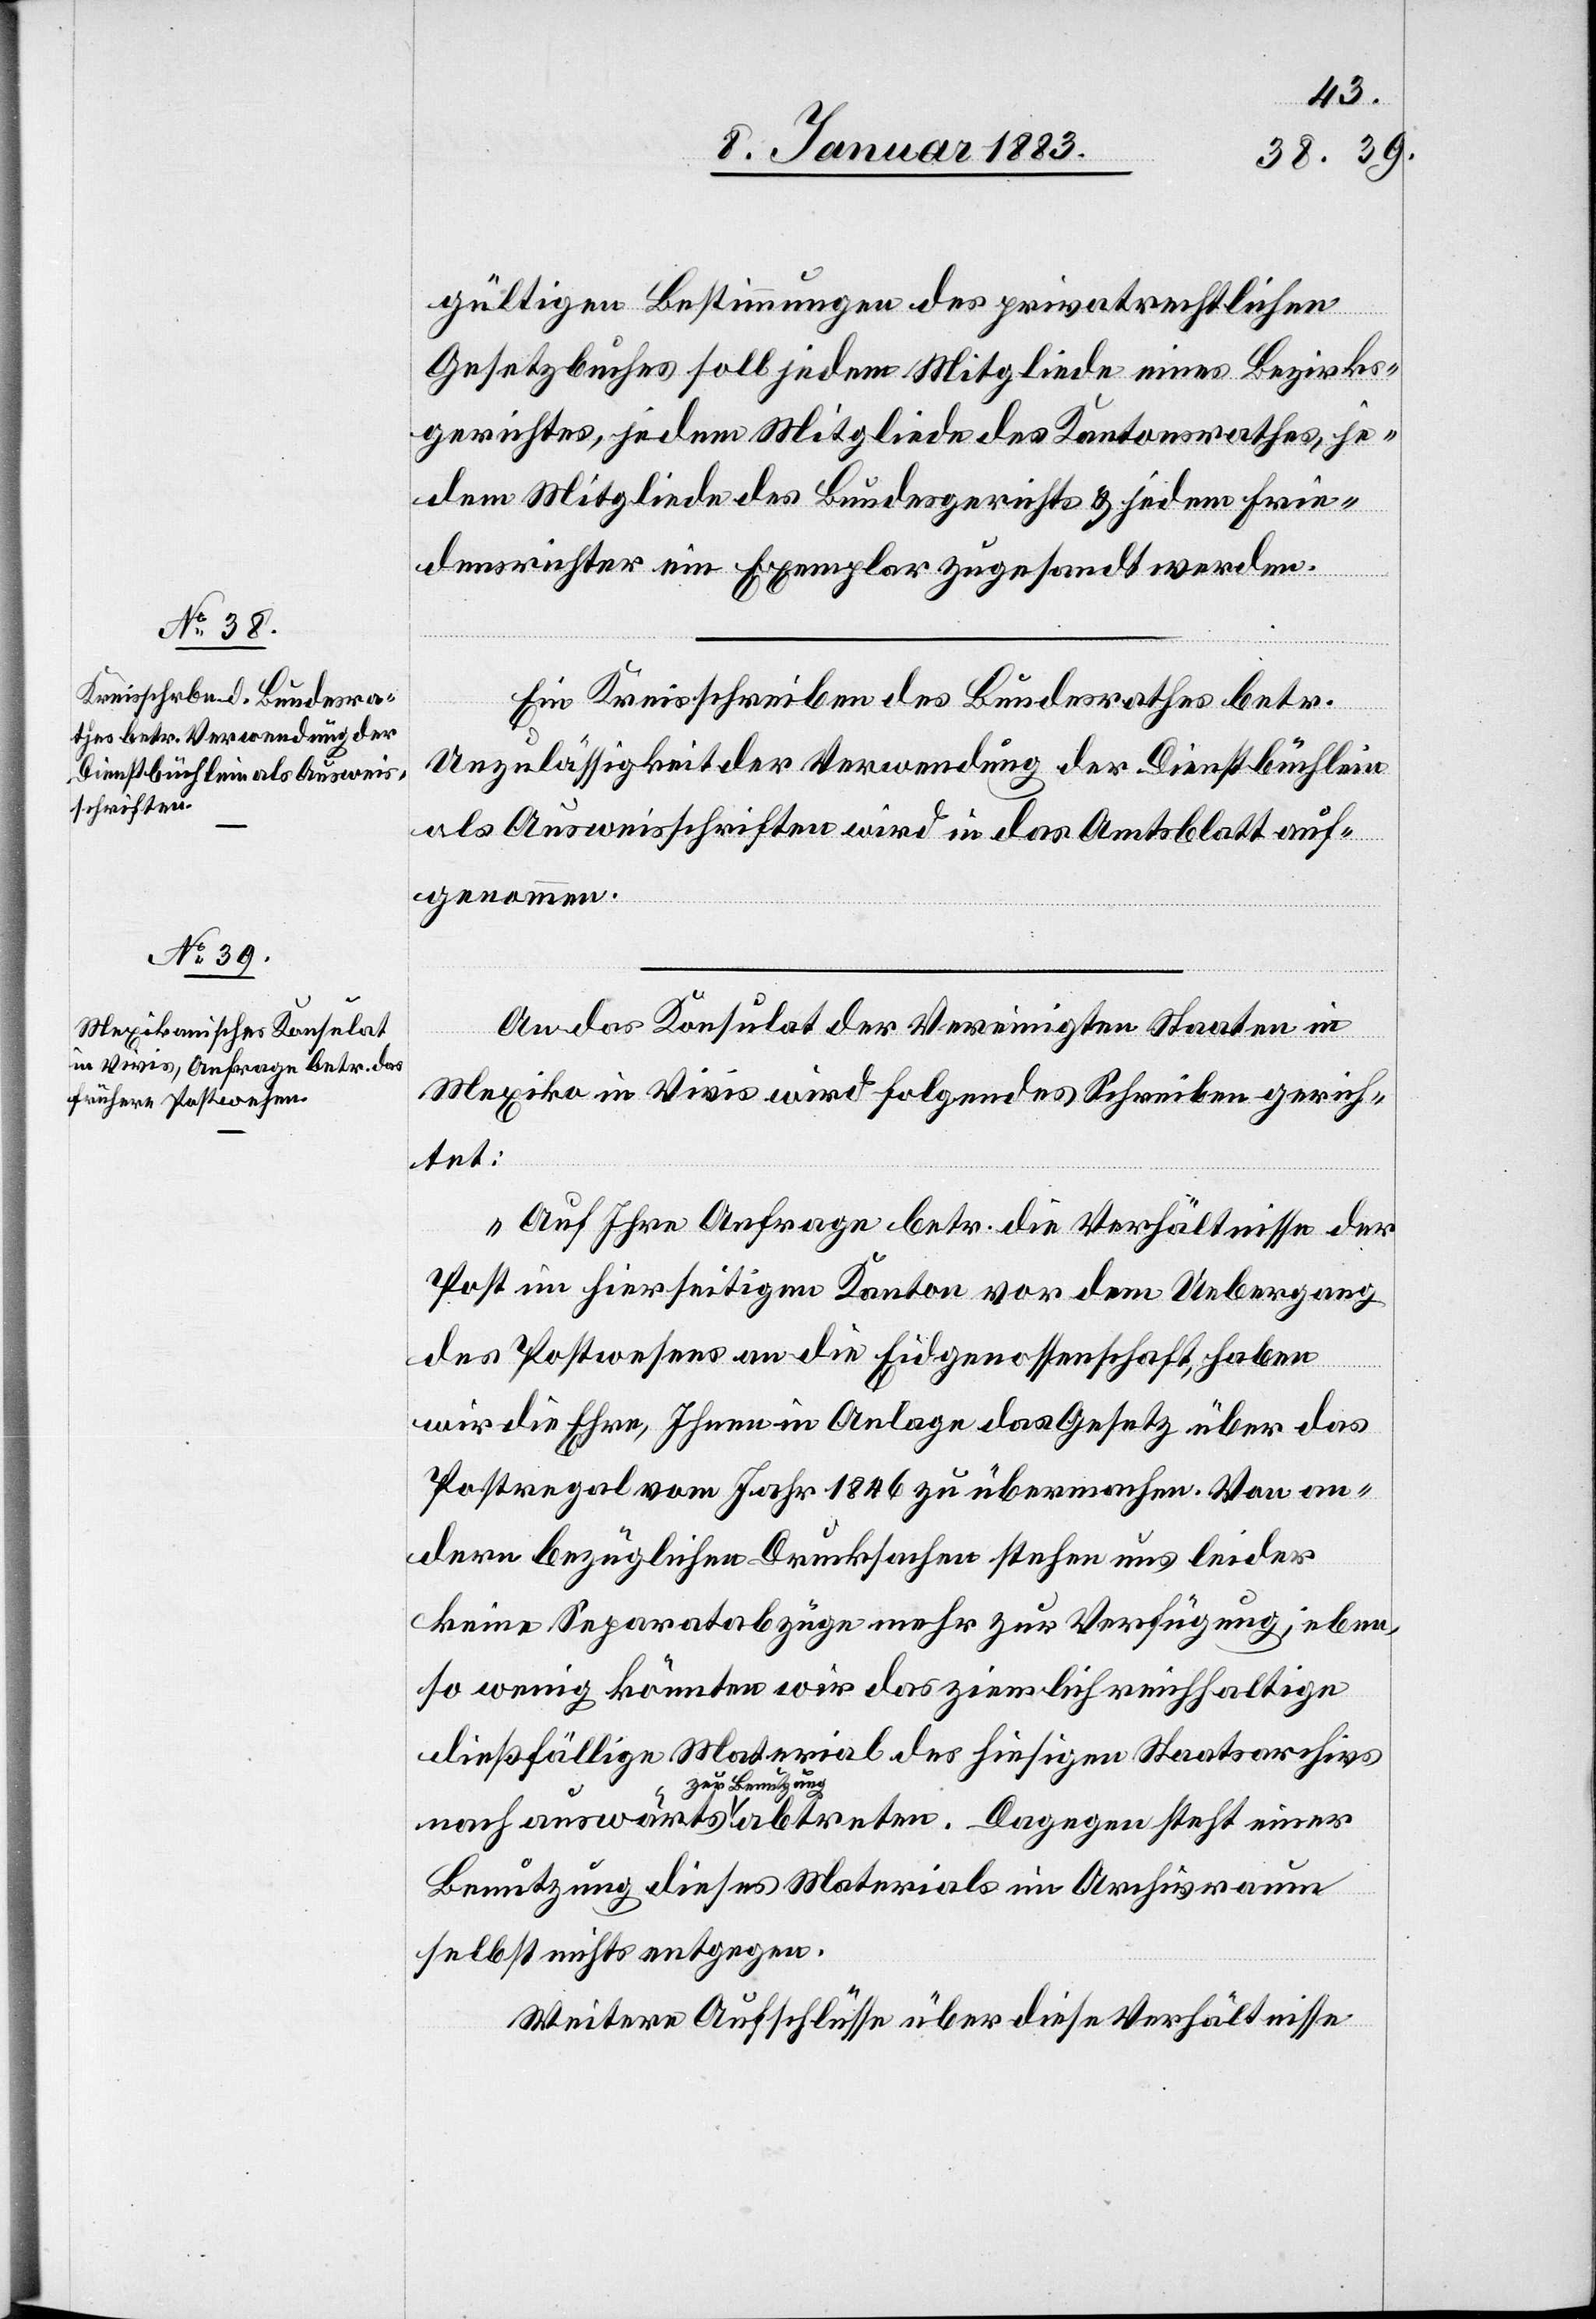
9. Januar 1883.]
gültigen Bestimmungen des privatrechtlichen
Gesetzbuches soll jedem Mitgliede eines Bezirks¬
gerichtes, jedem Mitgliede des Kantonsrathes, je¬
dem Mitgliede des Bundesgerichts & jedem Frie¬
densrichter ein Exemplar zugesandt werden.
Ein Kreisschreiben des Bundesrathes betr.
Unzulässigkeit der Verwendung des Dienstbüchlein
als Ausweisschriften wird in das Amtsblatt auf¬
genommen.
An das Konsulat der Vereinigten Staaten in
Mexiko in Vivis wird folgendes Schreiben gerich¬
tet:
„Auf Ihre Anfrage betr. die Verhältnisse der
Post im hierseitigen Kanton vor dem Uebergang
des Postwesens an die Eidgenossenschaft, haben
wir die Ehre, Ihnen in Anlage das Gesetz über das
Postregal vom Jahr 1846 zu übermachen. Von an¬
dern bezüglichen Drucksachen stehen uns leider
keine Separatabzüge mehr zur Verfügung, eben¬
so wenig könnten wir das ziemlich reichhaltige
dießfällige Material des hiesigen Staatsarchivs
zur Benutzung
Benutzung dieses Materials im Archivraum
selbst nichts entgegen.
Weitere Aufschlüsse über diese Verhältnisse